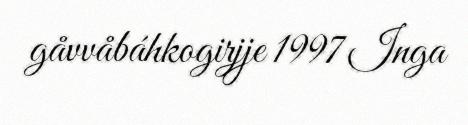
gåvvåbáhkogirjje 1997 Inga